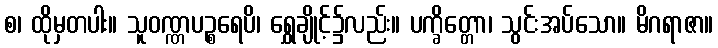
စ၊ ထိုမှတပါး။ သူဝဏ္ဏပဉ္စရေပိ၊ ရွှေချိုင့်၌လည်း။ ပက္ခိတ္တော၊ သွင်းအပ်သော။ မိဂရာဇာ။